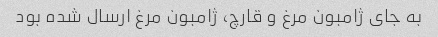
به جای ژامبون مرغ و قارچ، ژامبون مرغ ارسال شده بود